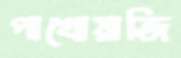
পাখোয়াজি